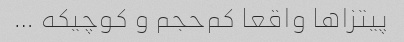
پیتزا‌ها واقعا کم‌حجم و کوچیکه …